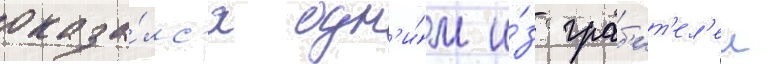
оказа́лс'я одн'и́м и́з граб'ит'ел'еи